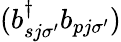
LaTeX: (b_{sj\sigma^{\prime}}^{\dagger}b_{pj\sigma^{\prime}})